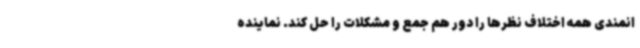
انمندی همه اختلاف نظرها را دور هم جمع و مشکلات را حل کند. نماینده